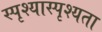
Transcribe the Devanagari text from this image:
स्पृश्यास्पृश्यता